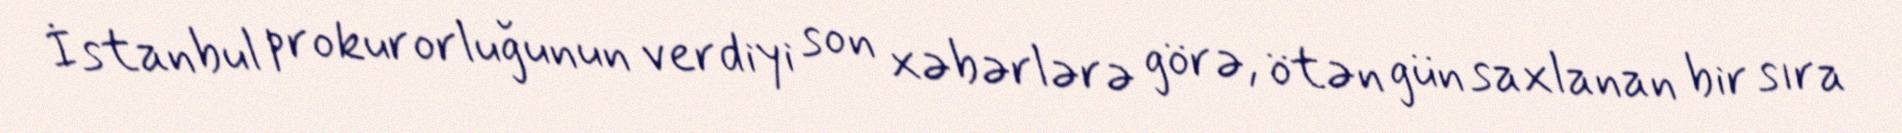
İstanbul prokurorluğunun verdiyi son xəbərlərə görə, ötən gün saxlanan bir sıra